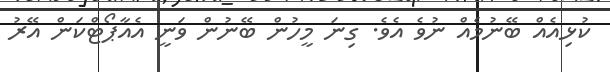
ކުޅިއެއް ބޭނުމެއް ނުވެ އެވެ. ގިނަ މީހުން ބޭނުން ވަނީ އެއާޕޯޓްކަން އޭރު